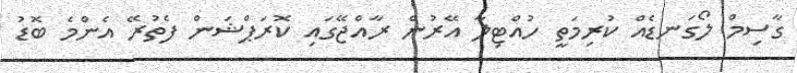
ގާސިމް ލޯގަނޑެއް ކުރިމަތީ ހުއްޓިލާ އޭރުން ރާއްޖޭގައި ކޮރަޕްޝަން ފެތުރޭ އެންމެ ބޮޑު